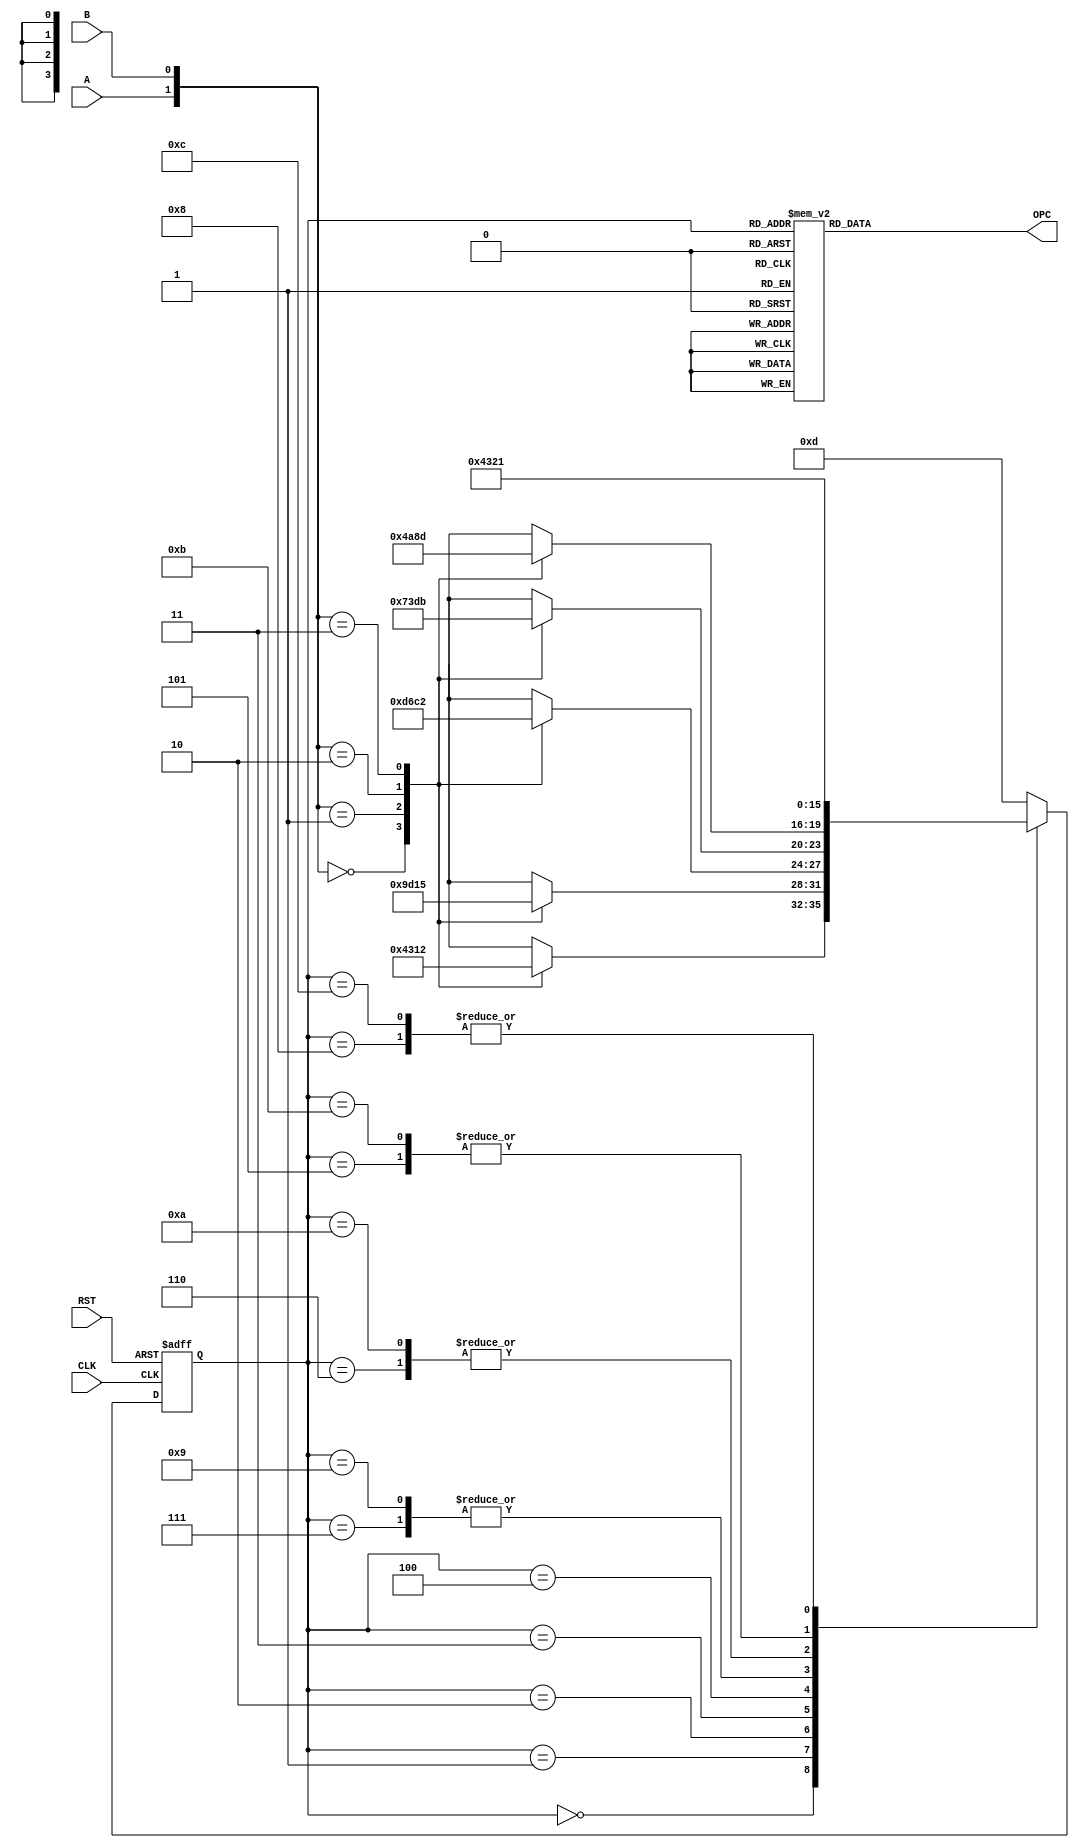
module FSM_encoder(RST,CLK,A,B,OPC);
	input CLK,RST;
	input A,B;
	output reg [1:0] OPC;
	reg [3:0] Qp;
	wire [1:0] AB;
	assign AB = {A,B};
	always @(posedge RST or posedge CLK)
		begin
		if (RST)
			begin
			Qp <= 0;
			end
		else
			begin
			// Estado de Error es el 13
				case (Qp)
				0: begin 
					case (AB)
					0: Qp<=4; 1: Qp<=3; 2: Qp<=1; 3: Qp<=2;
					endcase
					end
				1: begin 
					case (AB)
					0: Qp<=9; 1: Qp<=13; 2: Qp<=1; 3: Qp<=5;
					endcase
					end
				2: begin
					case (AB)
					0: Qp<=13; 1: Qp<=6; 2: Qp<=12; 3: Qp<=2;
					endcase
					end
				3: begin
					case (AB)
					0: Qp<=7; 1: Qp<=3; 2: Qp<=13; 3: Qp<=11;
					endcase
					end
				4: begin 
					case (AB)
					0: Qp<=4; 1: Qp<=10; 2: Qp<=8; 3: Qp<=13;
					endcase
					end
				5: begin 
					Qp<=2; 
					end
				6: begin 
					Qp<=3; 
					end	
				7: begin 
					Qp<=4; 
					end
				8: begin 
					Qp<=1; 
					end
				9: begin 
					Qp<=4; 
					end
				10: begin 
					Qp<=3;
					end	
				11: begin 
					Qp<=2; 
					end	
				12: begin 
					Qp<=1; 
					end	
				13: begin 
					Qp<=13; //Se queda en estado error
					end
			   default: begin
					Qp<=13; //Se queda en estado error
					end
				endcase
				end
				end
				
	always @(Qp)
			begin
			case (Qp)
				0: begin OPC=2'b11; //error=1'b0;
					end
				1: begin OPC=2'b00; //error=1'b0;
					end
				2: begin OPC=2'b00; //error=1'b0;
					end
				3: begin OPC=2'b00; //error=1'b0;
					end
				4: begin OPC=2'b00; //error=1'b0;
					end
				5: begin OPC=2'b01; //error=1'b0;
					end
				6: begin OPC=2'b01; //error=1'b0;
					end	
				7: begin OPC=2'b01; //error=1'b0;
					end
				8: begin OPC=2'b01; //error=1'b0;
					end
				9: begin OPC=2'b10; //error=1'b0;
					end
				10: begin OPC=2'b10; //error=1'b0;
					end	
				11: begin OPC=2'b10; //error=1'b0;
					end	
				12: begin OPC=2'b10; //error=1'b0;
					end	
				default: begin OPC=2'bZZ;	//error=1'b1;
					end					
				endcase
end

endmodule